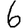
Digit: 6